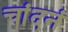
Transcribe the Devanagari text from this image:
चांदनं